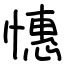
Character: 憓